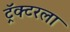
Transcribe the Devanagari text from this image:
ट्रॅक्टरला